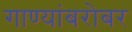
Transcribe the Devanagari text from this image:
गाण्यांबरोबर